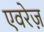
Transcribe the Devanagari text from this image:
एवरेज़